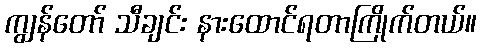
ကျွန်တော် သီချင်း နားထောင်ရတာကြိုက်တယ်။